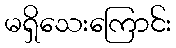
မရှိသေးကြောင်း